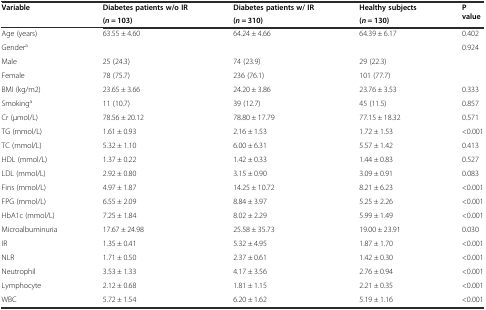
<table><thead><tr><td rowspan="2"><b>Variable</b></td><td><b>Diabetes patients w/o IR</b></td><td><b>Diabetes patients w/ IR</b></td><td><b>Healthy subjects</b></td><td rowspan="2"><b>P value</b></td></tr><tr><td><b>(<i>n =</i> 103)</b></td><td><b>(<i>n</i> = 310)</b></td><td><b>(<i>n</i> = 130)</b></td></tr></thead><tbody><tr><td>Age (years)</td><td>63.55 ± 4.60</td><td>64.24 ± 4.66</td><td>64.39 ± 6.17</td><td>0.402</td></tr><tr><td>Gender<sup>a</sup></td><td></td><td></td><td></td><td>0.924</td></tr><tr><td>Male</td><td>25 (24.3)</td><td>74 (23.9)</td><td>29 (22.3)</td><td></td></tr><tr><td>Female</td><td>78 (75.7)</td><td>236 (76.1)</td><td>101 (77.7)</td><td></td></tr><tr><td>BMI (kg/m2)</td><td>23.65 ± 3.66</td><td>24.20 ± 3.86</td><td>23.76 ± 3.53</td><td>0.333</td></tr><tr><td>Smoking<sup>a</sup></td><td>11 (10.7)</td><td>39 (12.7)</td><td>45 (11.5)</td><td>0.857</td></tr><tr><td>Cr (μmol/L)</td><td>78.56 ± 20.12</td><td>78.80 ± 17.79</td><td>77.15 ± 18.32</td><td>0.571</td></tr><tr><td>TG (mmol/L)</td><td>1.61 ± 0.93</td><td>2.16 ± 1.53</td><td>1.72 ± 1.53</td><td>&lt;0.001</td></tr><tr><td>TC (mmol/L)</td><td>5.32 ± 1.10</td><td>6.00 ± 6.31</td><td>5.57 ± 1.42</td><td>0.413</td></tr><tr><td>HDL (mmol/L)</td><td>1.37 ± 0.22</td><td>1.42 ± 0.33</td><td>1.44 ± 0.83</td><td>0.527</td></tr><tr><td>LDL (mmol/L)</td><td>2.92 ± 0.80</td><td>3.15 ± 0.90</td><td>3.09 ± 0.91</td><td>0.083</td></tr><tr><td>Fins (mmol/L)</td><td>4.97 ± 1.87</td><td>14.25 ± 10.72</td><td>8.21 ± 6.23</td><td>&lt;0.001</td></tr><tr><td>FPG (mmol/L)</td><td>6.55 ± 2.09</td><td>8.84 ± 3.97</td><td>5.25 ± 2.26</td><td>&lt;0.001</td></tr><tr><td>HbA1c (mmol/L)</td><td>7.25 ± 1.84</td><td>8.02 ± 2.29</td><td>5.99 ± 1.49</td><td>&lt;0.001</td></tr><tr><td>Microalbuminuria</td><td>17.67 ± 24.98</td><td>25.58 ± 35.73</td><td>19.00 ± 23.91</td><td>0.030</td></tr><tr><td>IR</td><td>1.35 ± 0.41</td><td>5.32 ± 4.95</td><td>1.87 ± 1.70</td><td>&lt;0.001</td></tr><tr><td>NLR</td><td>1.71 ± 0.50</td><td>2.37 ± 0.61</td><td>1.42 ± 0.30</td><td>&lt;0.001</td></tr><tr><td>Neutrophil</td><td>3.53 ± 1.33</td><td>4.17 ± 3.56</td><td>2.76 ± 0.94</td><td>&lt;0.001</td></tr><tr><td>Lymphocyte</td><td>2.12 ± 0.68</td><td>1.81 ± 1.15</td><td>2.21 ± 0.35</td><td>&lt;0.001</td></tr><tr><td>WBC</td><td>5.72 ± 1.54</td><td>6.20 ± 1.62</td><td>5.19 ± 1.16</td><td>&lt;0.001</td></tr></tbody></table>